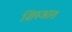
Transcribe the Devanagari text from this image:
शिरुआत